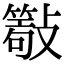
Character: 𣀖